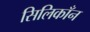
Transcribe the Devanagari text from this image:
सिलिकाँन